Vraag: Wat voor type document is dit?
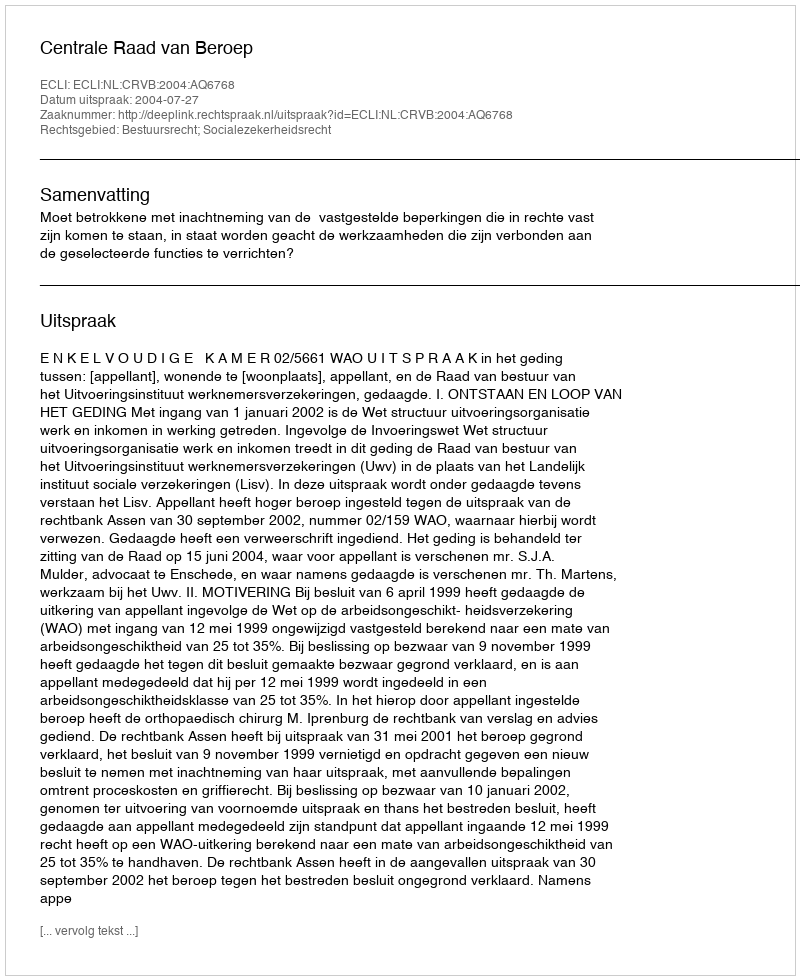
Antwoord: Uitspraak